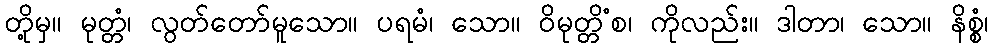
တို့မှ။ မုတ္တံ၊ လွတ်တော်မူသော။ ပရမံ၊ သော။ ဝိမုတ္တိံစ၊ ကိုလည်း။ ဒါတာ၊ သော။ နိစ္စံ၊